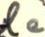
le